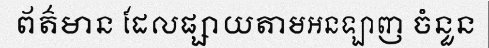
ព័ត៌មាន ដែលផ្សាយតាមអនឡាញ ចំនួន